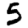
Digit: 5